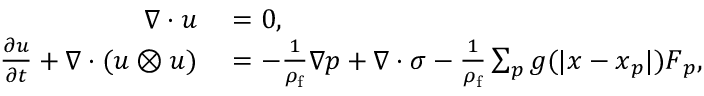
\begin{array} { r l } { \nabla \cdot \boldsymbol { u } } & { { } = 0 , } \\ { \frac { \partial \boldsymbol { u } } { \partial t } + \nabla \cdot ( \boldsymbol { u } \otimes \boldsymbol { u } ) } & { { } = - \frac { 1 } { \rho _ { \mathrm { f } } } \nabla p + \nabla \cdot \boldsymbol { \sigma } - \frac { 1 } { \rho _ { \mathrm { f } } } \sum _ { p } g ( | \boldsymbol { x } - \boldsymbol { x } _ { p } | ) \boldsymbol { F } _ { p } , } \end{array}